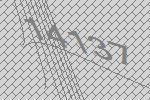
14137